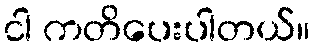
ငါ ကတိပေးပါတယ်။